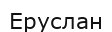
Еруслан